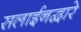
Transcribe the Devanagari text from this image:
सलाईनद्वारे